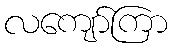
လကျော်ကြာ